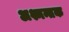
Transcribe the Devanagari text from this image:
अश्मन्तक